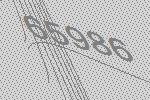
65986